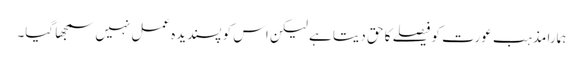
ہمارا مذہب عورت کو فیصلے کا حق دیتا ہے لیکن اس کو پسندیدہ عمل نہیں سمجھا گیا۔